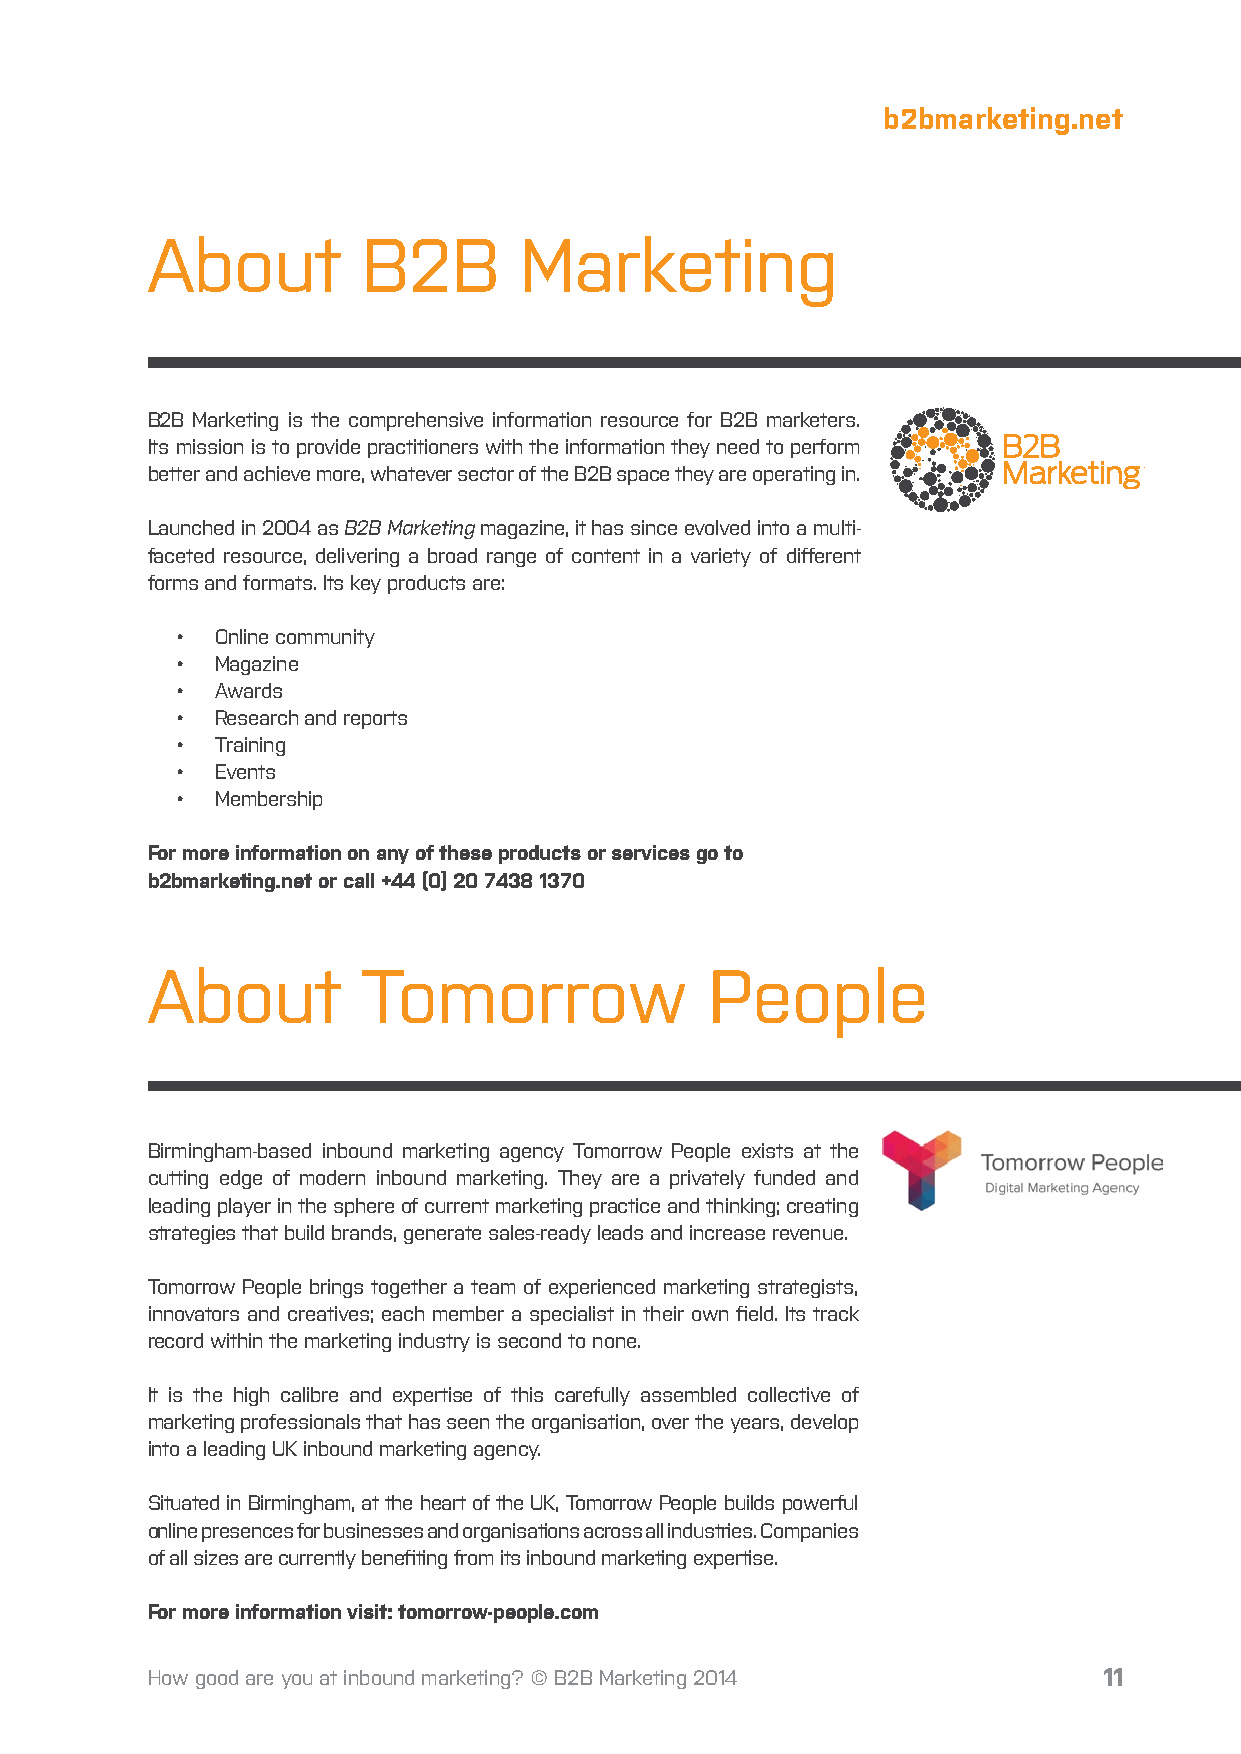
b2bmarketing.net
 About         B2B       Marketing
 B2B Marketing is the comprehensive information resource for B2B marketers.
 Its mission is to provide practitioners with the information they need to perform
 better and achieve more, whatever sector of the B2B space they are operating in.
 Launched in 2004 as B2B Marketing magazine, it has since evolved into a multi-
 faceted resource, delivering a broad range of content in a variety of different
 forms and formats. Its key products are:
 • Online community
 • Magazine
 • Awards
 • Research and reports
 • Training
 • Events
 • Membership
 For more information on any of these products or services go to
 b2bmarketing.net or call +44 (0) 20 7438 1370
 About         Tomorrow               People
 Birmingham-based inbound marketing agency Tomorrow People exists at the
 cutting edge of modern inbound marketing. They are a privately funded and
 leading player in the sphere of current marketing practice and thinking; creating
 strategies that build brands, generate sales-ready leads and increase revenue.
 Tomorrow People brings together a team of experienced marketing strategists,
 innovators and creatives; each member a specialist in their own field. Its track
 record within the marketing industry is second to none.
 It is the high calibre and expertise of this carefully assembled collective of
 marketing professionals that has seen the organisation, over the years, develop
 into a leading UK inbound marketing agency.
 Situated in Birmingham, at the heart of the UK, Tomorrow People builds powerful
 online presences for businesses and organisations across all industries. Companies
 of all sizes are currently benefiting from its inbound marketing expertise.
 For more information visit: tomorrow-people.com
 How good are you at inbound marketing? © B2B Marketing 2014    11